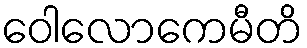
ဝေါလောကေမီတိ